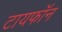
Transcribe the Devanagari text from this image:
टायफॉन